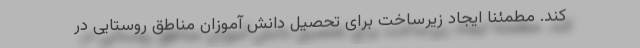
کند. مطمئنا ایجاد زیرساخت برای تحصیل دانش آموزان مناطق روستایی در